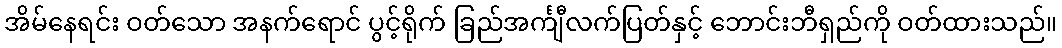
အိမ်နေရင်း ဝတ်သော အနက်ရောင် ပွင့်ရိုက် ခြည်အင်္ကျီလက်ပြတ်နှင့် ဘောင်းဘီရှည်ကို ဝတ်ထားသည်။